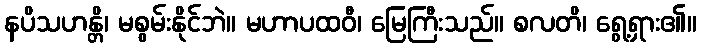
နပိသဟန္တိ၊ မစွမ်းနိုင်ဘဲ။ မဟာပထဝီ၊ မြေကြီးသည်။ စလတိ၊ ရွေ့ရှား၏။